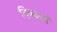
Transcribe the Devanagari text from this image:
दिक्‍कतें